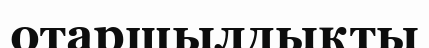
отаршылдықты